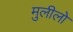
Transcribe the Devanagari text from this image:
मुलीलो